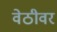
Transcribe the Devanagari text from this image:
वेठीवर